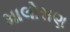
માલોસણ